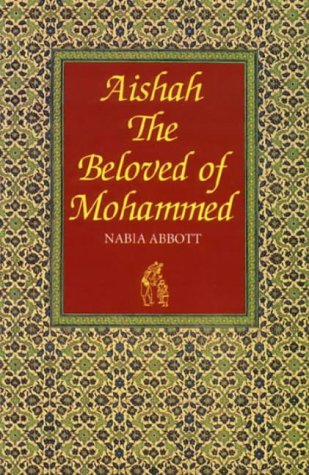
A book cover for Aishah: The Beloved of Mohammed; Nabia Abbott; History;